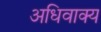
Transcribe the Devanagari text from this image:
अधिवाक्य